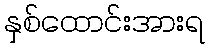
နှစ်ထောင်းအားရ